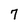
Character: 7